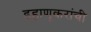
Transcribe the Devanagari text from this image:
डहाणूकरांची